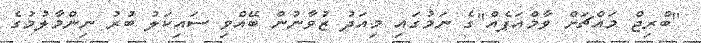
"ބްރިޖް މައްޗަށް ވާމްއަޕެއް"ގެ ނަމުގައި މިއަދު ޒުވާނުން ބޭއްވި ސައިކަލު ބުރު ނިންމާލުމުގެ